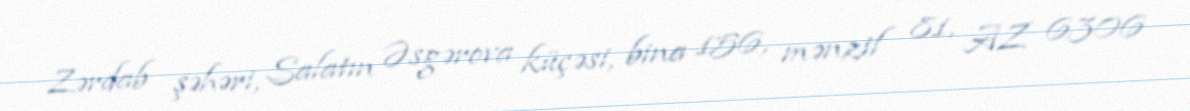
Zərdab şəhəri, Salatın Əsgərova küçəsi, bina 156, mənzil 81, AZ 6306